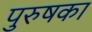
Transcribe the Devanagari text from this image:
पुरुषका